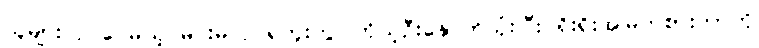
သူများလုပ်ပေမယ့် မင်းမလုပ်ရဘူးကွ၊ ကိုယ့်ဦးနှောက်သုံးပြီး ရိုးရိုးအမြတ်စားတာကို